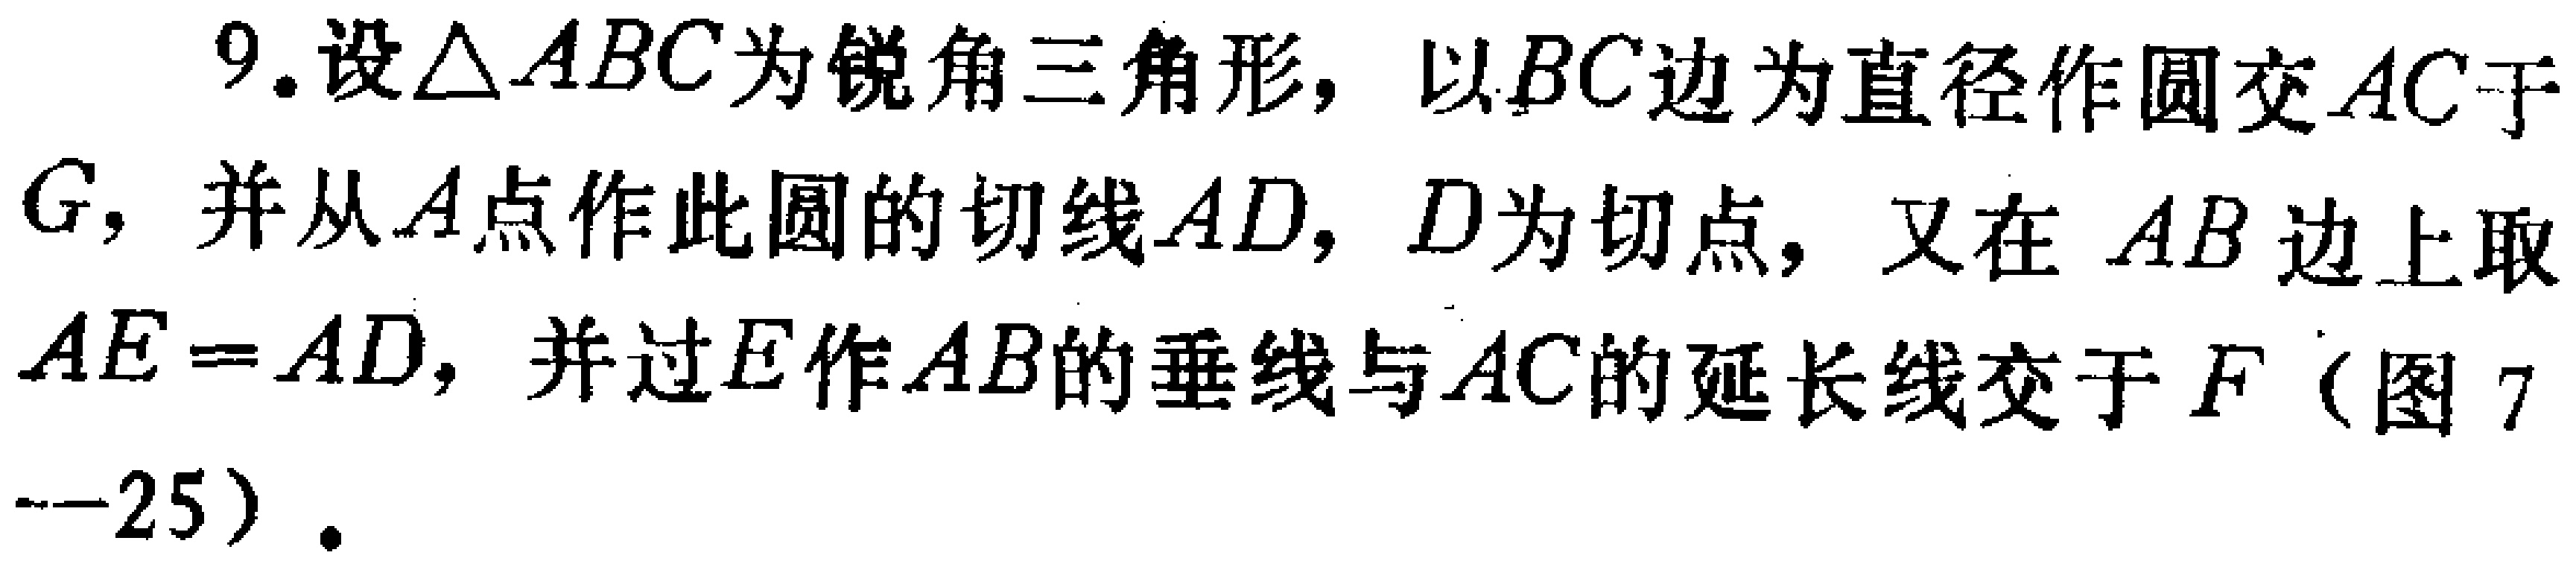
9.设\(\triangle ABC\)为锐角三角形，以\(BC\)边为直径作圆交\(AC\)于\(G\)，并从\(A\)点作此圆的切线\(AD\)，\(D\)为切点，又在\(AB\)边上取\(AE = AD\)，并过\(E\)作\(AB\)的垂线与\(AC\)的延长线交于\(F\)（图7 - 25）.